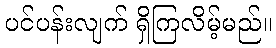
ပင်ပန်းလျက် ရှိကြလိမ့်မည်။